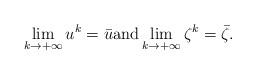
LaTeX: \begin{align*}\lim\limits_{k\rightarrow + \infty}u^k = \bar{u}\mbox{and}\lim\limits_{k\rightarrow + \infty}\zeta^k = \bar{\zeta}.\end{align*}